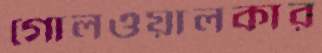
গোলওয়ালকার